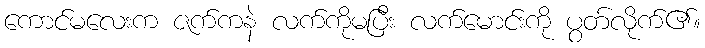
ကောင်မလေးက ဇက်ကနဲ လက်ကိုမပြီး လက်မောင်းကို ပွတ်လိုက်၏။